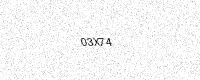
Text: 03X74